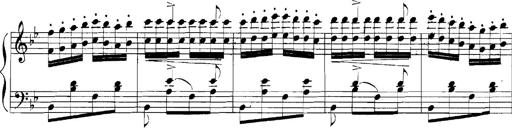
Title: Rhapsodies hongroises
Composer: Franz Liszt